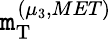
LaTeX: \mathtt{m}_{\mathrm{{T}}}^{\left(\mu_{3},MET\right)}